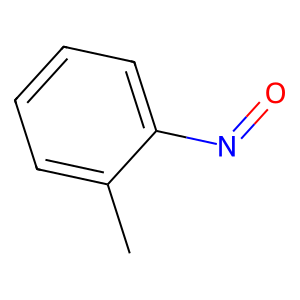
SMILES: Cc1ccccc1N=O
Inhibits HIV replication: No